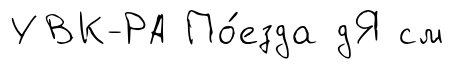
УВК-РА По́езда дЯ см